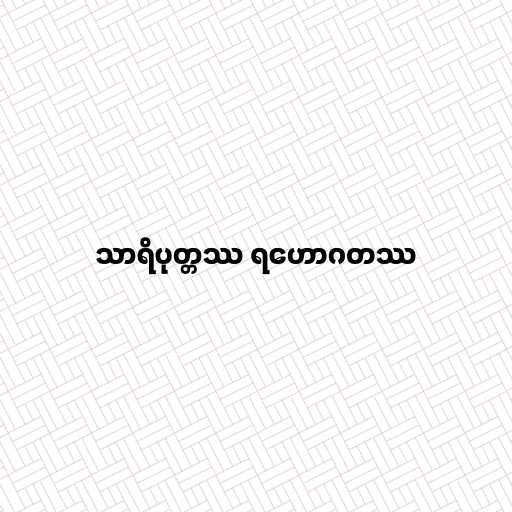
သာရိပုတ္တဿ ရဟောဂတဿ